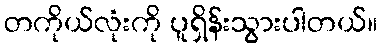
တကိုယ်လုံးကို ပူရှိန်းသွားပါတယ်။